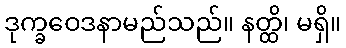
ဒုက္ခဝေဒနာမည်သည်။ နတ္ထိ၊ မရှိ။